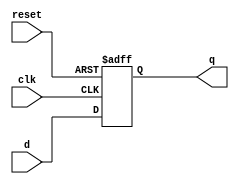
`timescale 1ns / 1ps
module dff(
input [31:0]d,
input clk,reset,
output reg [31:0]q);

always @(posedge clk or negedge reset)
   begin
        if (reset == 1'b0)
             q<=32'd0;
        else q<=d;        
    end

endmodule